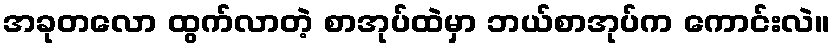
အခုတလော ထွက်လာတဲ့ စာအုပ်ထဲမှာ ဘယ်စာအုပ်က ကောင်းလဲ။